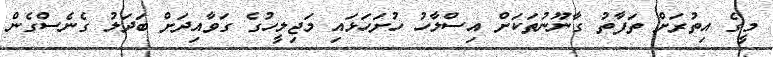
މީގެ އިތުރަށް ތަފާތު ގާނޫނުތަކަށް އިސްލާހު ހުށަހަޅައި މަޖިލީހުގެ ގަވާއިދަށް ބަދަލު ގެނެސްގެން